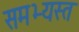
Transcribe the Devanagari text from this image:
समभ्यस्त